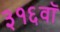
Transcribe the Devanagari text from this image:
३१६वॉ